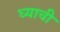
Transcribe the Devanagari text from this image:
घ्याची